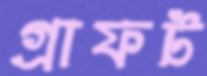
গ্রাফট